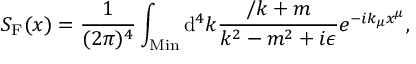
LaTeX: S _ { \mathrm { F } } ( x ) = \frac { 1 } { ( 2 \pi ) ^ { 4 } } \int _ { \mathrm { M i n } } \mathrm { d } ^ { 4 } k \frac { \slash { k } + m } { k ^ { 2 } - m ^ { 2 } + i \epsilon } e ^ { - i k _ { \mu } x ^ { \mu } } ,